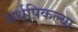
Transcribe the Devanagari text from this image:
अर्धपिकल्या